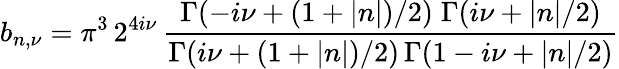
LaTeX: b_{n,\nu}=\pi^{3}\, 2^{4i\nu}\, \frac{\Gamma(-i\nu+(1+\left|n\right|)/2)\; \Gamma(i\nu+\left|n\right|/2)}{\Gamma(i\nu+(1+\left|n\right|)/2)\, \Gamma(1-i\nu+\left|n\right|/2)}